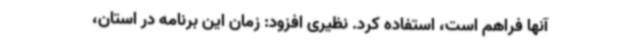
آنها فراهم است، استفاده کرد. نظیری افزود: زمان این برنامه در استان،